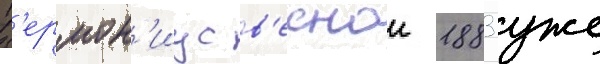
Г'ермон'иус в'еснои 1883 уже